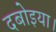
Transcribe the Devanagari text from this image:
दबोइया।